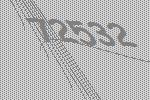
72532